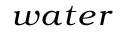
_ { w a t e r }